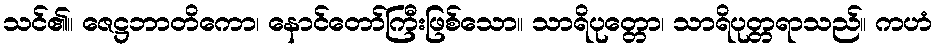
သင်၏။ ဇေဋ္ဌဘာတိကော၊ နောင်တော်ကြီးဖြစ်သော။ သာရိပုတ္တော၊ သာရိပုတ္တရာသည်။ ကဟံ